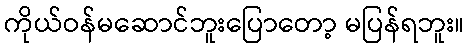
ကိုယ်ဝန်မဆောင်ဘူးပြောတော့ မပြန်ရဘူး။